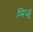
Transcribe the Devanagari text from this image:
मिळूं